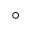
^ \circ